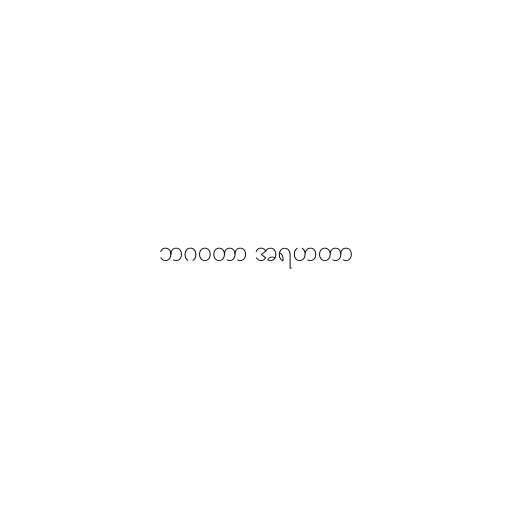
ဘဂဝတာ အရဟတာ